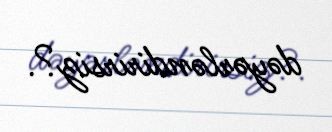
dəyərləndirirsiz?.